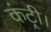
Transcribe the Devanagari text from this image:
कंट्री।